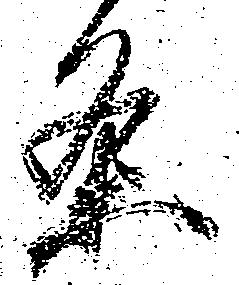
条